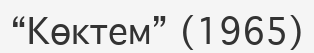
“Көктем” (1965)